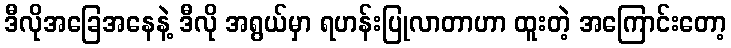
ဒီလိုအခြေအနေနဲ့ ဒီလို အရွယ်မှာ ရဟန်းပြုလာတာဟာ ထူးတဲ့ အကြောင်းတော့